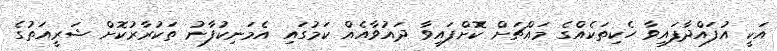
އަކީ އުފައްދާފައިވާ ހެކިތަކެއްގެ މައްޗަށް ކޮށްފައިވާ ދައުވާއެއް ކަމުގައި އެމަނިކުފާނު ތަކުރާރުކޮށް ޝަރީއަތުގެ